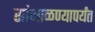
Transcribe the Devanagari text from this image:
सांभाळण्यापर्यंत